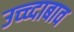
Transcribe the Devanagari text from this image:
उच्च्दाबाव